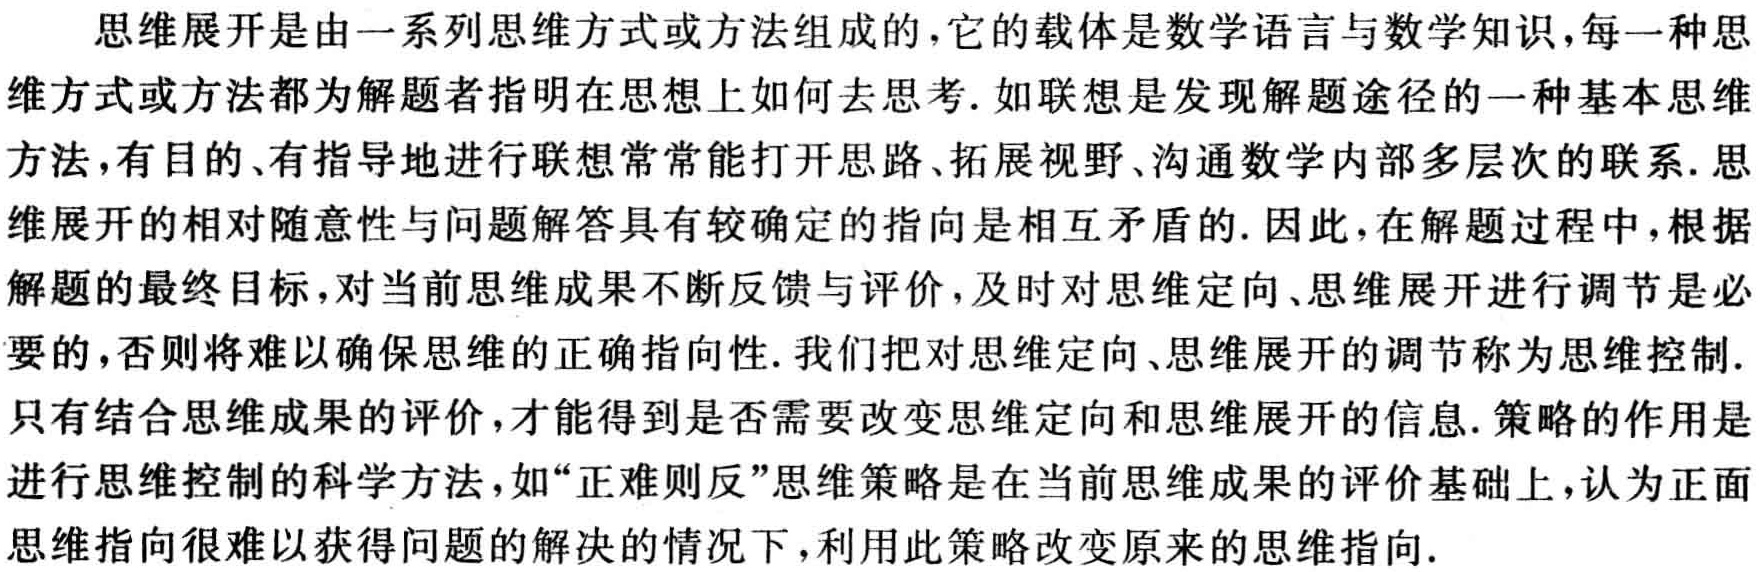
思维展开是由一系列思维方式或方法组成的,它的载体是数学语言与数学知识,每一种思

维方式或方法都为解题者指明在思想上如何去思考.如联想是发现解题途径的一种基本思

维方法,有目的、有指导地进行联想常常能打开思路、拓展视野、沟通数学内部多层次的联系.思

维展开的相对随意性与问题解答具有较确定的指向是相互矛盾的. 因此,在解题过程中,根据

解题的最终目标,对当前思维成果不断反馈与评价,及时对思维定向、思维展开进行调节是必

要的,否则将难以确保思维的正确指向性. 我们把对思维定向、思维展开的调节称为思维控制.

只有结合思维成果的评价,才能得到是否需要改变思维定向和思维展开的信息. 策略的作用是

进行思维控制的科学方法,如“正难则反”思维策略是在当前思维成果的评价基础上,认为正面

思维指向很难以获得问题的解决的情况下,利用此策略改变原来的思维指向.